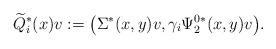
LaTeX: \begin{align*}\widetilde{Q}_i^*(x)v:=\big( \Sigma^*(x,y)v, \gamma_i\Psi^{0*}_2(x,y) v \big).\end{align*}